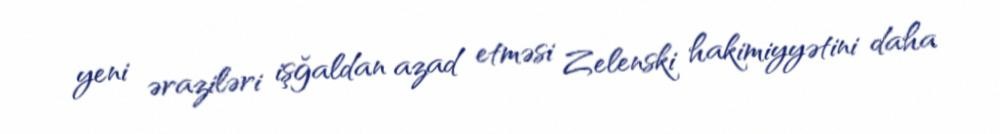
yeni əraziləri işğaldan azad etməsi Zelenski hakimiyyətini daha